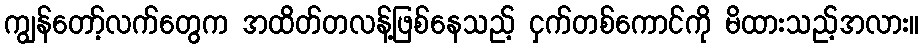
ကျွန်တော့်လက်တွေက အထိတ်တလန့်ဖြစ်နေသည့် ငှက်တစ်ကောင်ကို မိထားသည့်အလား။